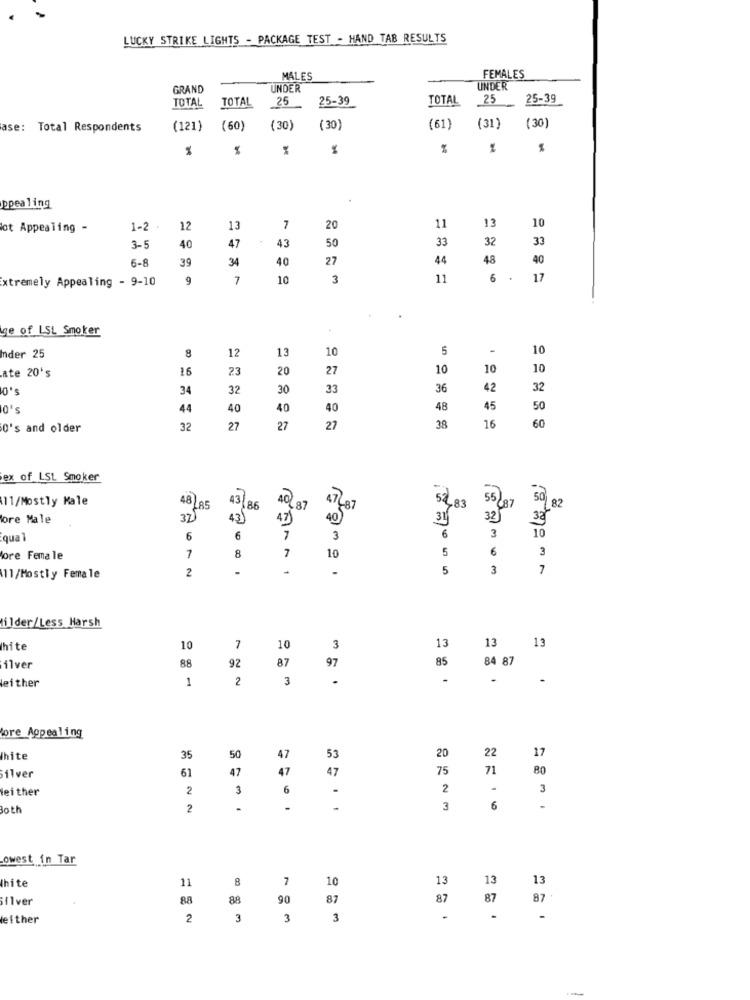
LUCKY STRIKE LIGHTS - PACKAGE TEST - HAND TAB RESULTS
MALES
FEMALES
GRAND
UNDER
UNDER
TOTAL
TOTAL
25-39
TOTAL
25
25-39
25
ase: Total Respondents
(121)
(60)
(30)
(30)
(61)
(31)
(30)
%
%
ppealing
lot Appealing -
1-2 .
12
13
7
20
11
13
10
47
50
32
33
3-5
40
43
33
6-8
39
34
27
44
48
40
40
xtremely Appealing - 9-10
9
7
10
3
11
6 . 17
ge of LSL Smoker
8
12
13
10
5
-
10
Inder 25
ate 20's
16
23
20
27
10
10
10
0's
34
32
30
33
36
42
32
0's
44
40
40
40
48
45
50
0's and older
32
27
27
27
38
16
60
ex of LSL Smoker
11/Mostly Male
48
43
40
50
3/85
86
.87
47487
52483
55 87
82
ore Male
3Z
43
47
405
31
32)
10
qual
6
6
7
3
6
3
7
10
6
3
ore Female
7
8
5
2
1
-
5
3
7
11/Mostly Female
ilder/Less Harsh
13
hite
10
7
10
3
13
13
87
85
84 87
ilver
88
92
97
1
2
3
.
-
either
ore Appealing
hite
35
50
47
53
20
22
17
61
47
47
47
75
71
80
ilver
either
2
3
6
2
3
Both
2
.
-
...
3
-
owest in Tar
Ihite
11
8
7
10
13
13
13
Silver
88
88
90
87
87
87
87
either
2
3
3
3
-
-